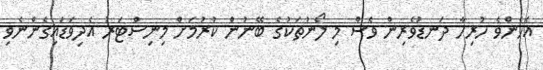
އެހެންވެ ހުރިހާ ދަނޑުވެރިން ވެސް މި ލޯނުތަކުގެ ބޭނުން ކުރުމަށް މިނިސްޓަރު އެދިވަޑައިގެންނެވި